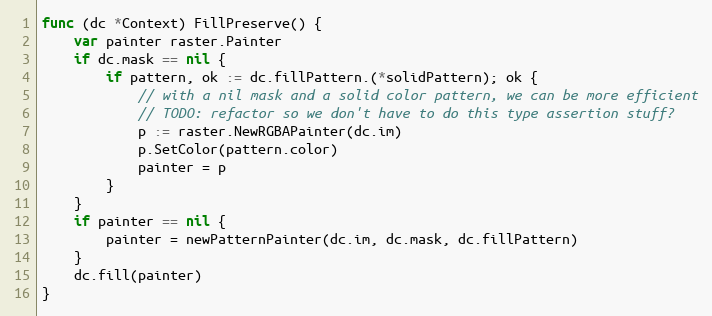
Language: Go
func (dc *Context) FillPreserve() {
	var painter raster.Painter
	if dc.mask == nil {
		if pattern, ok := dc.fillPattern.(*solidPattern); ok {
			// with a nil mask and a solid color pattern, we can be more efficient
			// TODO: refactor so we don't have to do this type assertion stuff?
			p := raster.NewRGBAPainter(dc.im)
			p.SetColor(pattern.color)
			painter = p
		}
	}
	if painter == nil {
		painter = newPatternPainter(dc.im, dc.mask, dc.fillPattern)
	}
	dc.fill(painter)
}